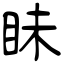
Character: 眛